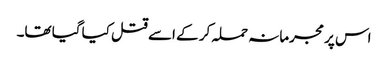
اس پر مجرمانہ حملہ کر کے اسے قتل کیا گیا تھا۔